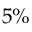
5 \%